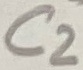
Text: C2